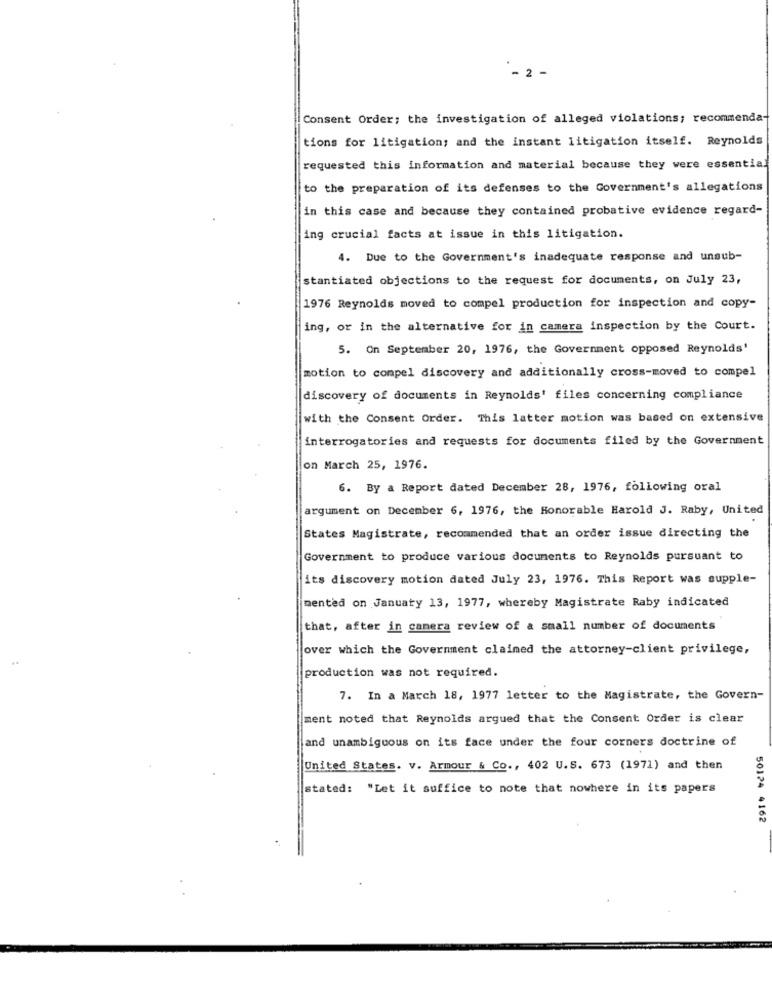
- 2 -
Consent Order; the investigation of alleged violations; recommenda-
tions for litigation; and the instant litigation itself. Reynolds
requested this information and material because they were essential
to the preparation of its defenses to the Government's allegations
in this case and because they contained probative evidence regard-
ing crucial facts at issue in this litigation.
4. Due to the Government's inadequate response and unsub-
stantiated objections to the request for documents, on July 23,
1976 Reynolds moved to compel production for inspection and copy-
ing, or in the alternative for in camera inspection by the Court.
5. On September 20, 1976, the Government opposed Reynolds'
motion to compel discovery and additionally cross-moved to compel
discovery of documents in Reynolds' files concerning compliance
with the Consent Order. This latter motion was based on extensive
interrogatories and requests for documents filed by the Government
on March 25, 1976.
6. By a Report dated December 28, 1976, following oral
argument on December 6, 1976, the Honorable Harold J. Raby, United
States Magistrate, recommended that an order issue directing the
Government to produce various documents to Reynolds pursuant to
its discovery motion dated July 23, 1976. This Report was supple-
mented on January 13, 1977, whereby Magistrate Raby indicated
that, after in camera review of a small number of documents
jover which the Government claimed the attorney-client privilege,
production was not required.
7. In a March 18, 1977 letter to the Magistrate, the Govern-
ment noted that Reynolds argued that the Consent Order is clear
and unambiguous on its face under the four corners doctrine of
United States. v. Armour & Co ., 402 U.S. 673 (1971) and then
stated: "Let it suffice to note that nowhere in its papers
50124 4162